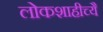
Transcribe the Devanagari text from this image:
लोकशाहीच्यै